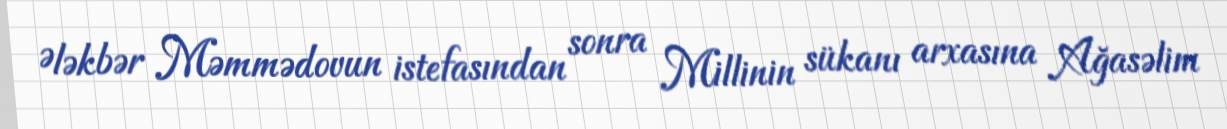
Ələkbər Məmmədovun istefasından sonra Millinin sükanı arxasına Ağasəlim